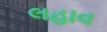
લહાવ